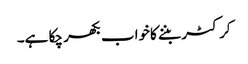
کرکٹر بننے کاخواب بکھر چکا ہے۔